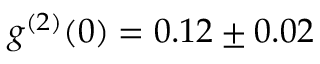
g ^ { ( 2 ) } ( 0 ) = 0 . 1 2 \pm 0 . 0 2